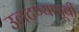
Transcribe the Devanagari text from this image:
उलटण्यापूर्वी